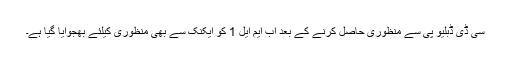
سی ڈی ڈبلیو پی سے منظوری حاصل کرنے کے بعد اب ایم ایل 1 کو ایکنک سے بھی منظوری کیلئے بھجوایا گیا ہے۔